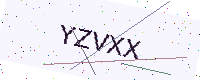
Text: YZVXX